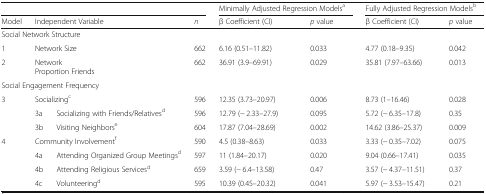
| <COLSPAN=4>  | <COLSPAN=2> Minimally Adjusted Regression Modelsa | <COLSPAN=2> Fully Adjusted Regression Modelsb |
 | Model | <COLSPAN=2> Independent Variable | n | β Coefficient (CI) | p value | β Coefficient (CI) | p value |
 | --- | --- | --- | --- | --- | --- | --- | --- |
 | <COLSPAN=8> Social Network Structure |
 | 1 | <COLSPAN=2> Network Size | 662 | 6.16 (0.51–11.82) | 0.033 | 4.77 (0.18–9.35) | 0.042 |
 | 2 | <COLSPAN=2> NetworkProportion Friends | 662 | 36.91 (3.9–69.91) | 0.029 | 35.81 (7.97–63.66) | 0.013 |
 | <COLSPAN=8> Social Engagement Frequency |
 | <ROWSPAN=3> 3 | <COLSPAN=2> Socializingc | 596 | 12.35 (3.73–20.97) | 0.006 | 8.73 (1–16.46) | 0.028 |
 | 3a | Socializing with Friends/Relativesd | 596 | 12.79 (− 2.33–27.9) | 0.095 | 5.72 (− 6.35–17.8) | 0.35 |
 | 3b | Visiting Neighborse | 604 | 17.87 (7.04–28.69) | 0.002 | 14.62 (3.86–25.37) | 0.009 |
 | <ROWSPAN=4> 4 | <COLSPAN=2> Community Involvementf | 590 | 4.5 (0.38–8.63) | 0.033 | 3.33 (− 0.35–7.02) | 0.075 |
 | 4a | Attending Organized Group Meetingsd | 597 | 11 (1.84–20.17) | 0.020 | 9.04 (0.66–17.41) | 0.035 |
 | 4b | Attending Religious Servicesd | 659 | 3.59 (− 6.4–13.58) | 0.47 | 3.57 (− 4.37–11.51) | 0.37 |
 | 4c | Volunteeringd | 595 | 10.39 (0.45–20.32) | 0.041 | 5.97 (− 3.53–15.47) | 0.21 |